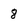
Character: 8